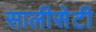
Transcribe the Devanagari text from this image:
सालीसेटी